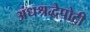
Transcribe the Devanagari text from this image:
अंधश्रद्धेपोटी